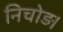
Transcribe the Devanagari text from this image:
निचोड़।